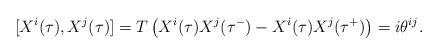
\begin{align*}[X^i(\tau),X^j(\tau)]=T\left(X^i(\tau)X^j(\tau^-)-X^i(\tau)X^j(\tau^+)\right)=i\theta^{ij}.\end{align*}